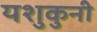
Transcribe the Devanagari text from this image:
यशुकुनी